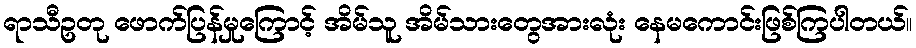
ရာသီဥတု ဖောက်ပြန်မှုကြောင့် အိမ်သူ အိမ်သားတွေအားလုံး နေမကောင်းဖြစ်ကြပါတယ်။